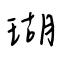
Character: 瑚